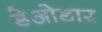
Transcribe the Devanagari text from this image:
डेओडार